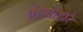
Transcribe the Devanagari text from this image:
अंड्यांद्वारे